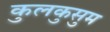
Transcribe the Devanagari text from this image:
कुलकुसुम